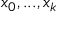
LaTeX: x _ { 0 } , . . . , x _ { k }